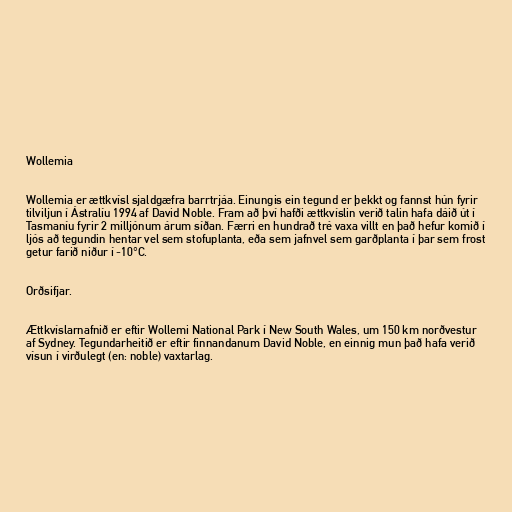
Wollemia

Wollemia er ættkvísl sjaldgæfra barrtrjáa. Einungis ein tegund er þekkt og fannst hún fyrir
tilviljun í Ástralíu 1994 af David Noble. Fram að því hafði ættkvíslin verið talin hafa dáið út í
Tasmaníu fyrir 2 milljónum árum síðan. Færri en hundrað tré vaxa villt en það hefur komið í
ljós að tegundin hentar vel sem stofuplanta, eða sem jafnvel sem garðplanta í þar sem frost
getur farið niður í -10°C.

Orðsifjar.

Ættkvíslarnafnið er eftir Wollemi National Park í New South Wales, um 150 km norðvestur
af Sydney. Tegundarheitið er eftir finnandanum David Noble, en einnig mun það hafa verið
vísun í virðulegt (en: noble) vaxtarlag.